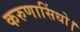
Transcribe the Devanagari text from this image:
करुणासिंधो।